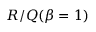
R / Q ( \beta = 1 )